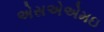
એસએએમઇ